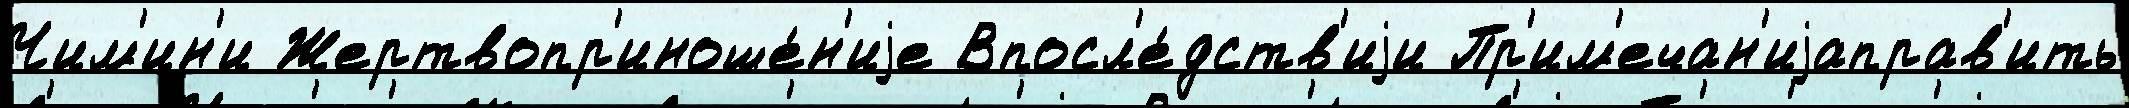
Чим'ин'и Жертвопр'иноше́н'иjе Впосл'е́дств'иjи Пр'им'ечан'иjаправ'ить